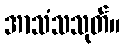
အာသံသသုတ်။